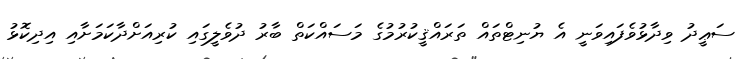
ސަޢީދު ވިދާޅުވެފައިވަނީ އެ ޔުނިޓްތައް ތަރައްޤީކުރުމުގެ މަސައްކަތް ބާރު ދުވެލީގައި ކުރިއަށްދާކަމަށާއި އިދިކޮޅު